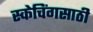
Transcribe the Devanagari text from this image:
स्केचिंगसाठी